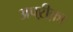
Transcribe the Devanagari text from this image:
अफ्ऱीक़ा